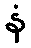
နံ